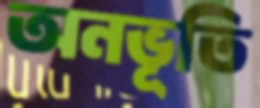
অনভূতি